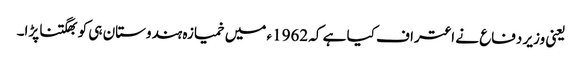
یعنی وزیر دفاع نے اعتراف کیا ہے کہ 1962ء میں خمیازہ ہندوستان ہی کو بھگتنا پڑا۔